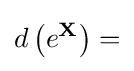
d\left(e^{\mathbf {X} }\right)=